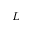
L